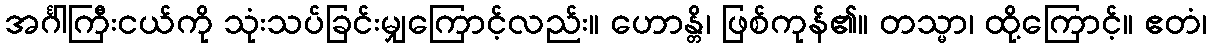
အင်္ဂါကြီးငယ်ကို သုံးသပ်ခြင်းမျှကြောင့်လည်း။ ဟောန္တိ၊ ဖြစ်ကုန်၏။ တသ္မာ၊ ထို့ကြောင့်။ ဧတံ၊